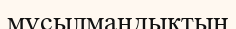
мұсылмандықтың